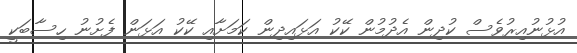
އުޅުނުއިރުވެސް ކުދިން އެދުމުން ކޭކު އަޅައިދިން ކަމަށާއި ކޭކު އަޅަން ފެށުނު ހިސާބަކީ